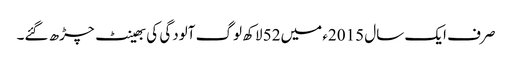
صرف ایک سال 2015ء میں52 لاکھ لوگ آلودگی کی بھینٹ چڑھ گئے۔